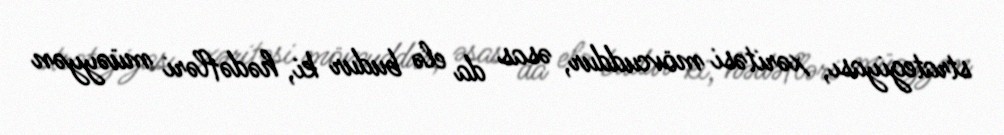
strategiyası, xəritəsi mövcuddur, əsas da elə budur ki, hədəfləri müəyyən